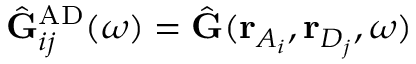
\hat { \mathbf { G } } _ { i j } ^ { \mathrm { A D } } ( \omega ) = \hat { \mathbf { G } } ( \mathbf { r } _ { A _ { i } } , \mathbf { r } _ { D _ { j } } , \omega )